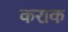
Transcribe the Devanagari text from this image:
कराक